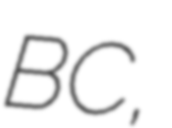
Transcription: BC,